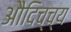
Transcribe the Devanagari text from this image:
औदिच्च्य